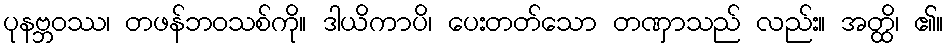
ပုနဗ္ဘဝဿ၊ တဖန်ဘဝသစ်ကို။ ဒါယိကာပိ၊ ပေးတတ်သော တဏှာသည် လည်း။ အတ္ထိ၊ ၏။